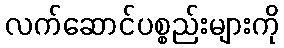
လက်ဆောင်ပစ္စည်းများကို